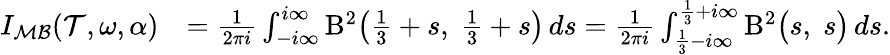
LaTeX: \begin{array}{rl}{I_{\mathcal{MB}}(\mathcal{T},\omega,\alpha)}&{=\frac{1}{2\pi i}\int_{-i\infty}^{i\infty}\mathrm{B}^{2}\bigl(\frac{1}{3}+s,\; \frac{1}{3}+s\bigr)\, ds=\frac{1}{2\pi i}\int_{\frac{1}{3}-i\infty}^{\frac{1}{3}+i\infty}\mathrm{B}^{2}\bigl(s,\; s\bigr)\, ds.}\end{array}